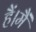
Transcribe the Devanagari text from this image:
हैं।मैं